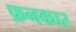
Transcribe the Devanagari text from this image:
फ़नकार